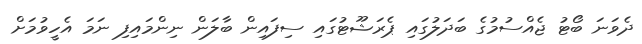
ދެވަނަ ބޯޓު ޖެއްސުމުގެ ބަދަލުގައި ޕެރަޝޫޓުގައި ސިފައިން ބާލަން ނިންމައިފި ނަމަ އެހީވުމަށް